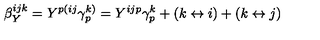
\beta _ { Y } ^ { i j k } = Y ^ { p ( i j } \gamma _ { p } ^ { k ) } = Y ^ { i j p } \gamma _ { p } ^ { k } + ( k \leftrightarrow i ) + ( k \leftrightarrow j )